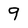
Character: 9